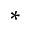
^ { * }